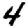
Digit: 4